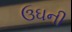
ઉઘની